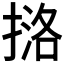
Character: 𪮔